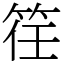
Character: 䇮